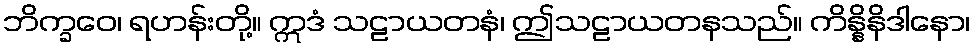
ဘိက္ခဝေ၊ ရဟန်းတို့။ ဣဒံ သဠာယတနံ၊ ဤသဠာယတနသည်။ ကိန္နိနိဒါနော၊